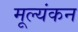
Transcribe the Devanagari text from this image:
मूल्यंकन